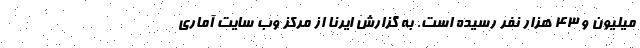
میلیون و ۴۳ هزار نفر رسیده است. به گزارش ایرنا از مرکز وب سایت آماری